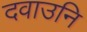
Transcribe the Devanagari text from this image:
दवाउनि